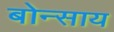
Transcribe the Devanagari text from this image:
बोन्साय